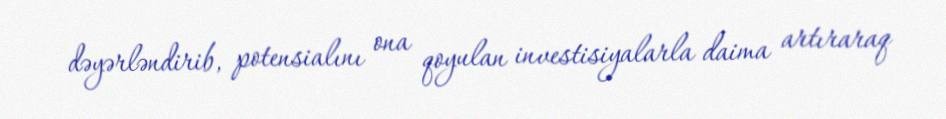
dəyərləndirib, potensialını ona qoyulan investisiyalarla daima artıraraq